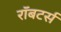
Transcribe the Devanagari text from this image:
रॉबटर्स